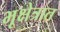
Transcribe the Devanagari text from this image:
भूक्षेत्रात